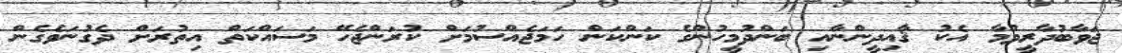
ޖަވާބުދާރީވުމާ އެކު ޤާއިދީންނާއި ބަންދުމީހުންގެ ކަންކަން ހަމަޖެއްސުމަށް ކުރަންޖެހޭ މަސައްކަތް އިތުރަށް ދެގުނަވެގެން